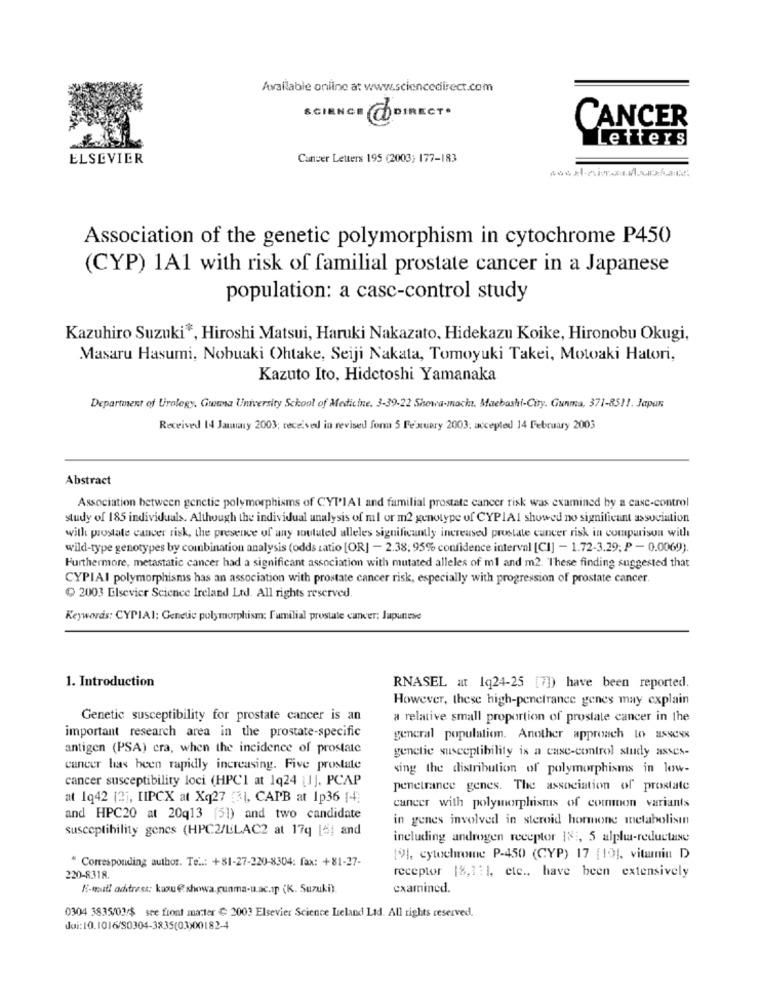
Available online at www.sciencedirect.com
SCIENCE CODIRECTO
CANCER
Letters
ELSEVIER
Canver Letters 195 (2003) 177-183
Association of the genetic polymorphism in cytochrome P450
(CYP) 1A1 with risk of familial prostate cancer in a Japanese
population: a casc-control study
Kazuhiro Suzuki *, Hiroshi Matsui, Haruki Nakazato, Hidekazu Koike, Hironobu Okugi,
Masaru Hasumi, Nobuaki Ohtake, Seiji Nakata, Tomoyuki Takei, Motoaki Hatori,
Kazuto Ito, Hidetoshi Yamanaka
Department of Urology, Guouma University School of Medicine. 3-39-22 Showa-macht. Maeboshi-City, Gunma, 371-85 !!. Japon
Received 14 January 2003; received in revised fonu 5 Pexuary 2003: accepted 14 February 2003
Abstract
Association between genctie polymorphisms of CYPIA1 and familial prostate cancer risk was examined by a case-control
study of 185 individuals. Although the individual analysis of ml or m2 genotype of CYPIAI showed no significant association
with prostate cancer risk, the presence of any soutated alleles significantly increased prostate cancer risk in comparison with
wild-type genotypes by combination analysis (odds ratio [OR] - 2.38, 95% confidence interval [CI] - 1.72-3.29, P - 0.0069).
Furthermore, metastatic cancer had a significant association with mutated alleles of ml and m2. These finding suggested that
CYPIAI polymorphisms has an association with prostate cancer risk, especially with progression of prostate cancer.
2003 Elsevier Science Ireland Ltd. All rights reserved.
Keywords: CYPIA1; Genetic polymorphism; Familial prostate cancer; Japunese
1. Introduction
RNASEL at 1q24-25 [7]) have been reported.
However, these high-penetrance genes may explain
Genetic susceptibility for prostate cancer is an
a relative small proportion of prostate cancer in the
important research area in the prostate-specific
general population. Another approach to assess
antigen (PSA) cra, when the incidence of prostate
genetic susceptibility is a case-control study asses-
cancer has been rapidly increasing. Five prostate
sing the distribution of polymorphisms in low-
cancer susceptibility loci (HPC1 at 1q24 [1]. PCAP
penetrance genes. The association of prostate
at 1q42 [2], IIPCX at Xq27 31, CAPB at Ip36 [4]
cancer with polymorphisms of common variants
and HPC20 at 20q13 (51) and two candidate
in genes involved in steroid hormone metabolisin
susceptibility genes (HPC2/LLAC2 at 17q [6] and
including androgen receptor 18 :, 5 alpha-reductase
" Corresponding author. Te ..: +81-27-220-8304: fax: +81-27-
194, cytochrome P-450 (CYP) 17 [19], vitamin D
220-8318.
receptor 18,1:1, etc ., have been extensively
E-mail aditrest; kazu€showa.gunma-u.ac.ıp (K. Suzuki).
examined.
0304 3835/03/$ see front matter € 2003 Elsevier Science Leland Ltd. All rights reserved.
doi:10.1016/80304-3835(03)00182-4